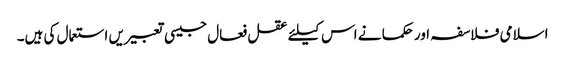
اسلامی فلاسفہ اور حکما نے اس کیلئے عقل فعال جیسی تعبیریں استعمال کی ہیں۔